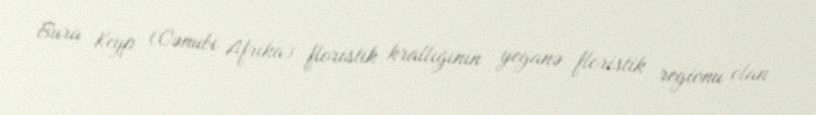
Bura Keyp (Cənubi Afrika) floristik krallığının yeganə floristik regionu olan